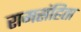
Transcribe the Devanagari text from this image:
रामसंहिता